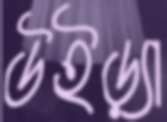
উইড়্যা